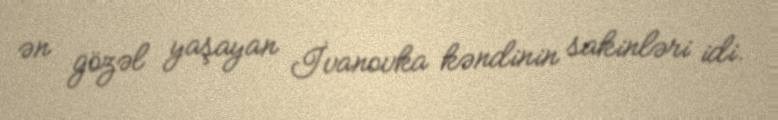
ən gözəl yaşayan İvanovka kəndinin sakinləri idi.